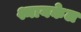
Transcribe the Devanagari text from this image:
श्मायकेल